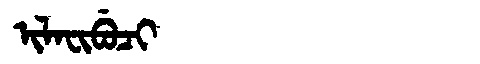
Manchu: ᡳᠯᠠᠸᡳᠪᡠᠴᡳ
Romanization: ILAFIBUCI